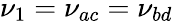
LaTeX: \nu_{1}=\nu_{ac}=\nu_{bd}